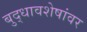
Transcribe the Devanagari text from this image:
बुद्धावशेषांवर